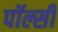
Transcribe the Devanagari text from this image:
पॉल्सी